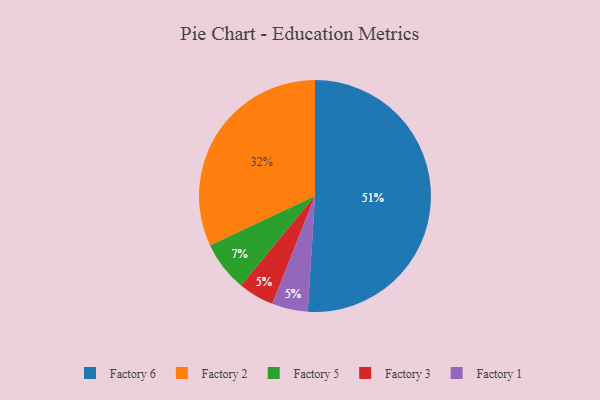
{"axis": {"x": "Category", "y": "Percentage"}, "legend": ["Factory 1", "Factory 2", "Factory 3", "Factory 5", "Factory 6"], "data": [{"x": "Factory 6", "y": 51, "type": "Factory 6"}, {"x": "Factory 2", "y": 32, "type": "Factory 2"}, {"x": "Factory 3", "y": 5, "type": "Factory 3"}, {"x": "Factory 1", "y": 5, "type": "Factory 1"}, {"x": "Factory 5", "y": 7, "type": "Factory 5"}]}